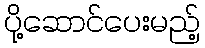
ပို့ဆောင်ပေးမည့်